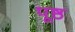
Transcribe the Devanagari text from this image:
पूष्ठ